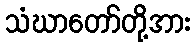
သံဃာတော်တို့အား